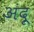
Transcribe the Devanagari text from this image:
अंदू